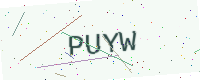
Text: PUYW